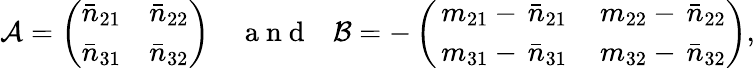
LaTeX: \mathcal{A}=\left(\begin{array}{cc}{\bar{n}_{21}}&{\bar{n}_{22}}\\ {\bar{n}_{31}}&{\bar{n}_{32}}\end{array}\right)~~~~\mathrm{~a~n~d~}~~~\mathcal{B}=-\left(\begin{array}{cc}{\, m_{21}-\, \bar{n}_{21}}&{\, m_{22}-\, \bar{n}_{22}}\\ {\, m_{31}-\, \bar{n}_{31}}&{\, m_{32}-\, \bar{n}_{32}}\end{array}\right),